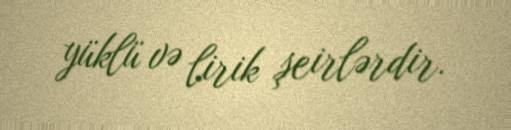
yüklü və lirik şeirlərdir.